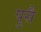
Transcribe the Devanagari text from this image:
पुसै